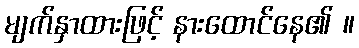
မျက်နှာထားဖြင့် နားထောင်နေ၏ ။